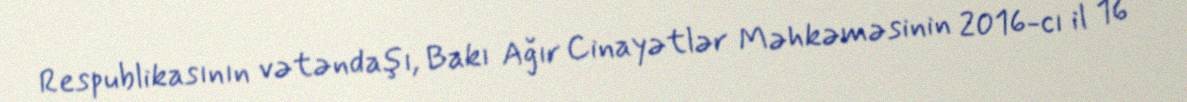
Respublikasının vətəndaşı, Bakı Ağır Cinayətlər Məhkəməsinin 2016-cı il 16